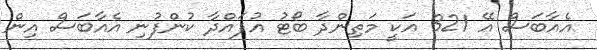
އެއާބަސް އޭ 321 އަކީ މަތިންދާ ބޯޓު އުފައްދާ ކުންފުނި އެއާބަސް އިން